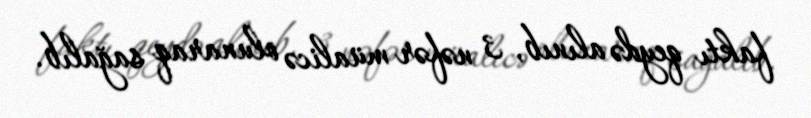
faktı qeydə alınıb, 3 nəfər müalicə olunaraq sağalıb.